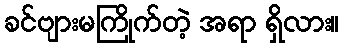
ခင်ဗျားမကြိုက်တဲ့ အရာ ရှိလား။